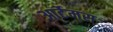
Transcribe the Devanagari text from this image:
आर्टेमस